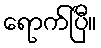
ရောက်ပြီ။